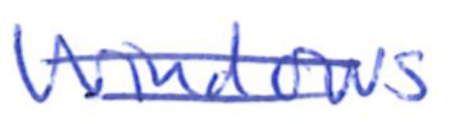
Text: Windows
Cross-out: double-line
Writing tool: ballpoint